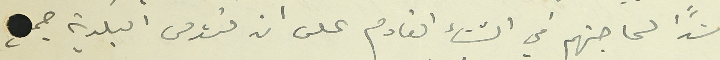
سَداً لحاجتهم في الشتاء القادم عن تؤمن البلدية جمع